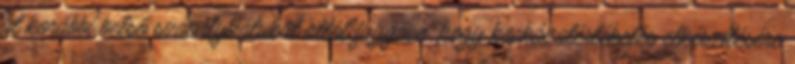
át korábbi belső szabályzatukat attól függően, hogy kockázatértékelés elkészítésére